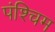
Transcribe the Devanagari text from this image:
पंश्चिम